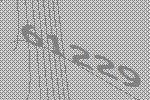
61229